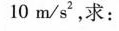
10 m/s^{2}，求：